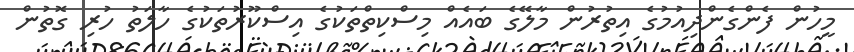
މީހުން ފެންގެންދިއުމުގެ އިތުރުން މާލޭގެ ބައެއް މިސްކިތްތަކުގެ އިސްކޫރުތަކުގެ ހާލަތު ހުރި ގޮތުން